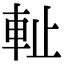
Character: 𨊺